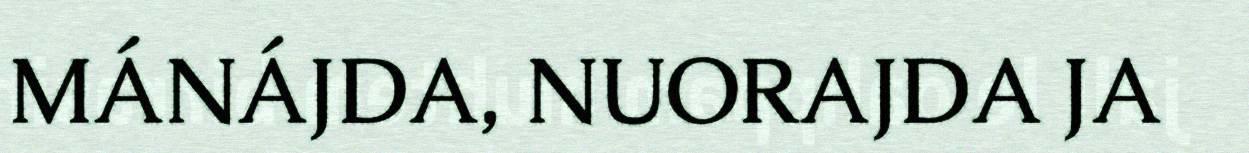
MÁNÁJDA, NUORAJDA JA